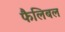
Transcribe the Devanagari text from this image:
फैलिबल